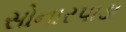
સોનારપાડા